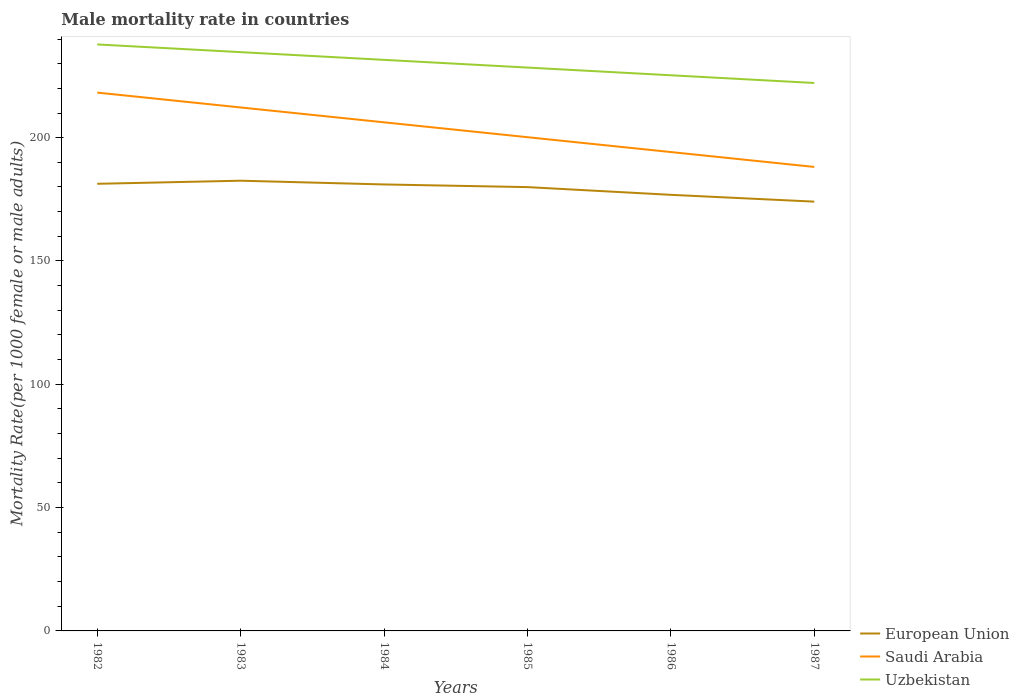
| Years | European Union | Saudi Arabia | Uzbekistan |
 | --- | --- | --- | --- |
 | 1982 | 181 | 218 | 238 |
 | 1983 | 183 | 212 | 235 |
 | 1984 | 181 | 206 | 232 |
 | 1985 | 180 | 200 | 228 |
 | 1986 | 177 | 194 | 225 |
 | 1987 | 174 | 188 | 222 |